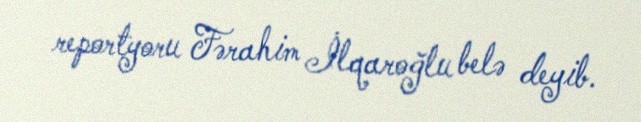
reportyoru Fərahim İlqaroğlu belə deyib.